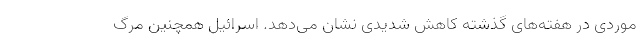
موردی در هفته‌های گذشته کاهش شدیدی نشان می‌دهد. اسرائیل همچنین مرگ